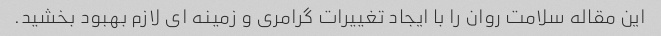
این مقاله سلامت روان را با ایجاد تغییرات گرامری و زمینه ای لازم بهبود بخشید.